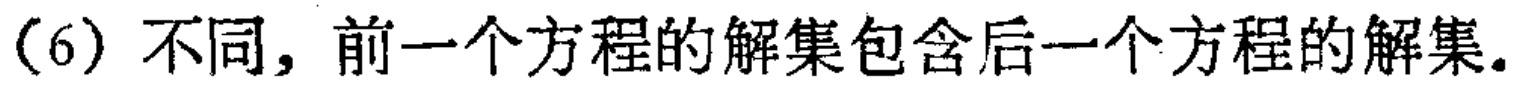
(6) 不同，前一个方程的解集包含后一个方程的解集。